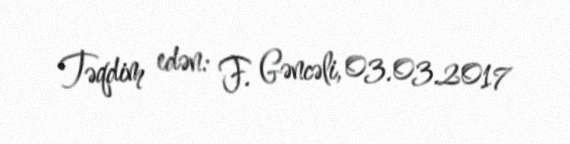
Təqdim edən: F. Gəncəli, 03.03.2017